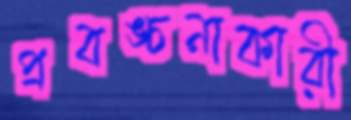
প্রবঙ্চনাকারী